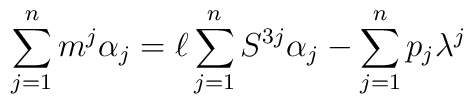
\sum_{j=1}^n m^j \alpha_j = \ell \sum_{j=1}^n S^{3j} \alpha_j -                         \sum_{j=1}^n p_j \lambda^j